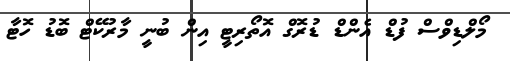
މޯލްޑިވްސް ފުޑް އެންޑް ޑުރޮގް އޮތޯރިޓީ އިން ބުނީ މާރުކޭޓް ބޮޑު ހޮޓާ